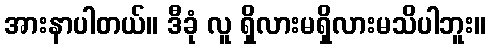
အားနာပါတယ်။ ဒီခုံ လူ ရှိလားမရှိလားမသိပါဘူး။